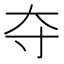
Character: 夺